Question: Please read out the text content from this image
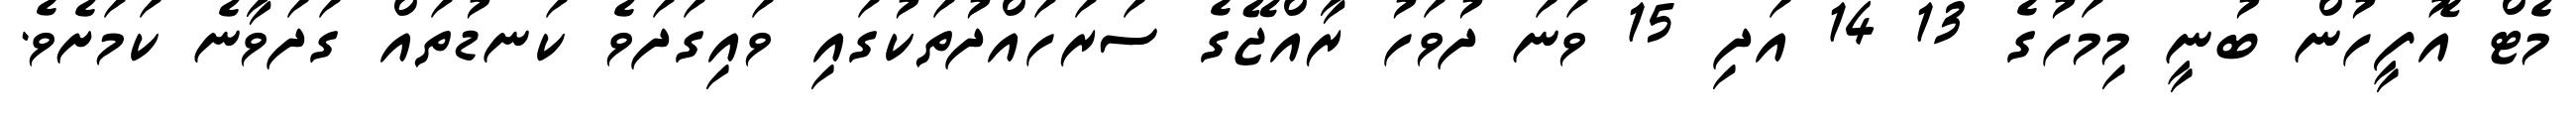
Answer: މެޓް އޮފީހުން ބުނީ މިމަހުގެ 13 14 އަދި 15 ވަނަ ދުވަހު ރާއްޖޭގެ ސަރަހައްދުތަކުގައި ވައިގަދަވެ ކަނޑުތައް ގަދަވާނެ ކަމަށެވެ.